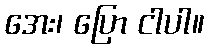
အေး၊ ပြော ငါပါ။